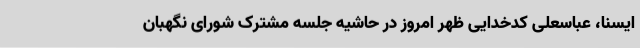
ایسنا، عباسعلی کدخدایی ظهر امروز در حاشیه جلسه مشترک شورای نگهبان